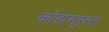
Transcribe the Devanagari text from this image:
कोडाम्तुरुत